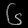
Digit: ၆